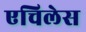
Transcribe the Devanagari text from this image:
एचिलेस